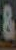
&